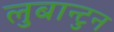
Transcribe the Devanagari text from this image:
लुबान्टुन